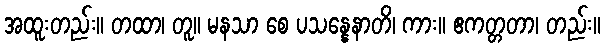
အထူးတည်း။ တထာ၊ တူ။ မနသာ စေ ပသန္နေနာတိ၊ ကား။ ဧကတ္တတာ၊ တည်း။